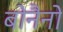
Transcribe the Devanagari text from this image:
बोनैनो